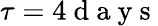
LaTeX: \tau=4\mathrm{~d~a~y~s~}